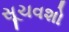
સૂચવશો